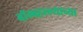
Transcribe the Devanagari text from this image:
बॉम्बहल्ल्याच्या